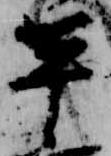
平